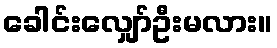
ခေါင်းလျှော်ဦးမလား။